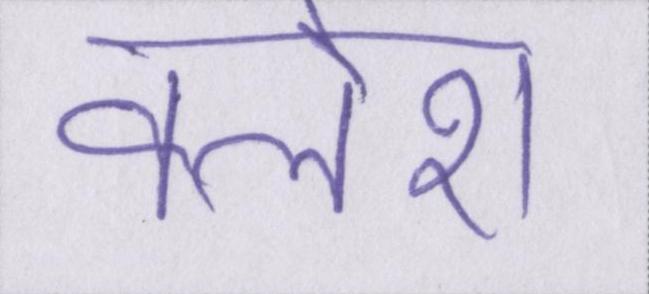
क्लेश